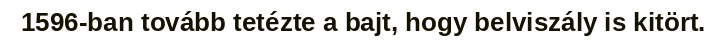
1596-ban tovább tetézte a bajt, hogy belviszály is kitört.